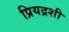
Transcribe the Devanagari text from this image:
प्रियद्रशी